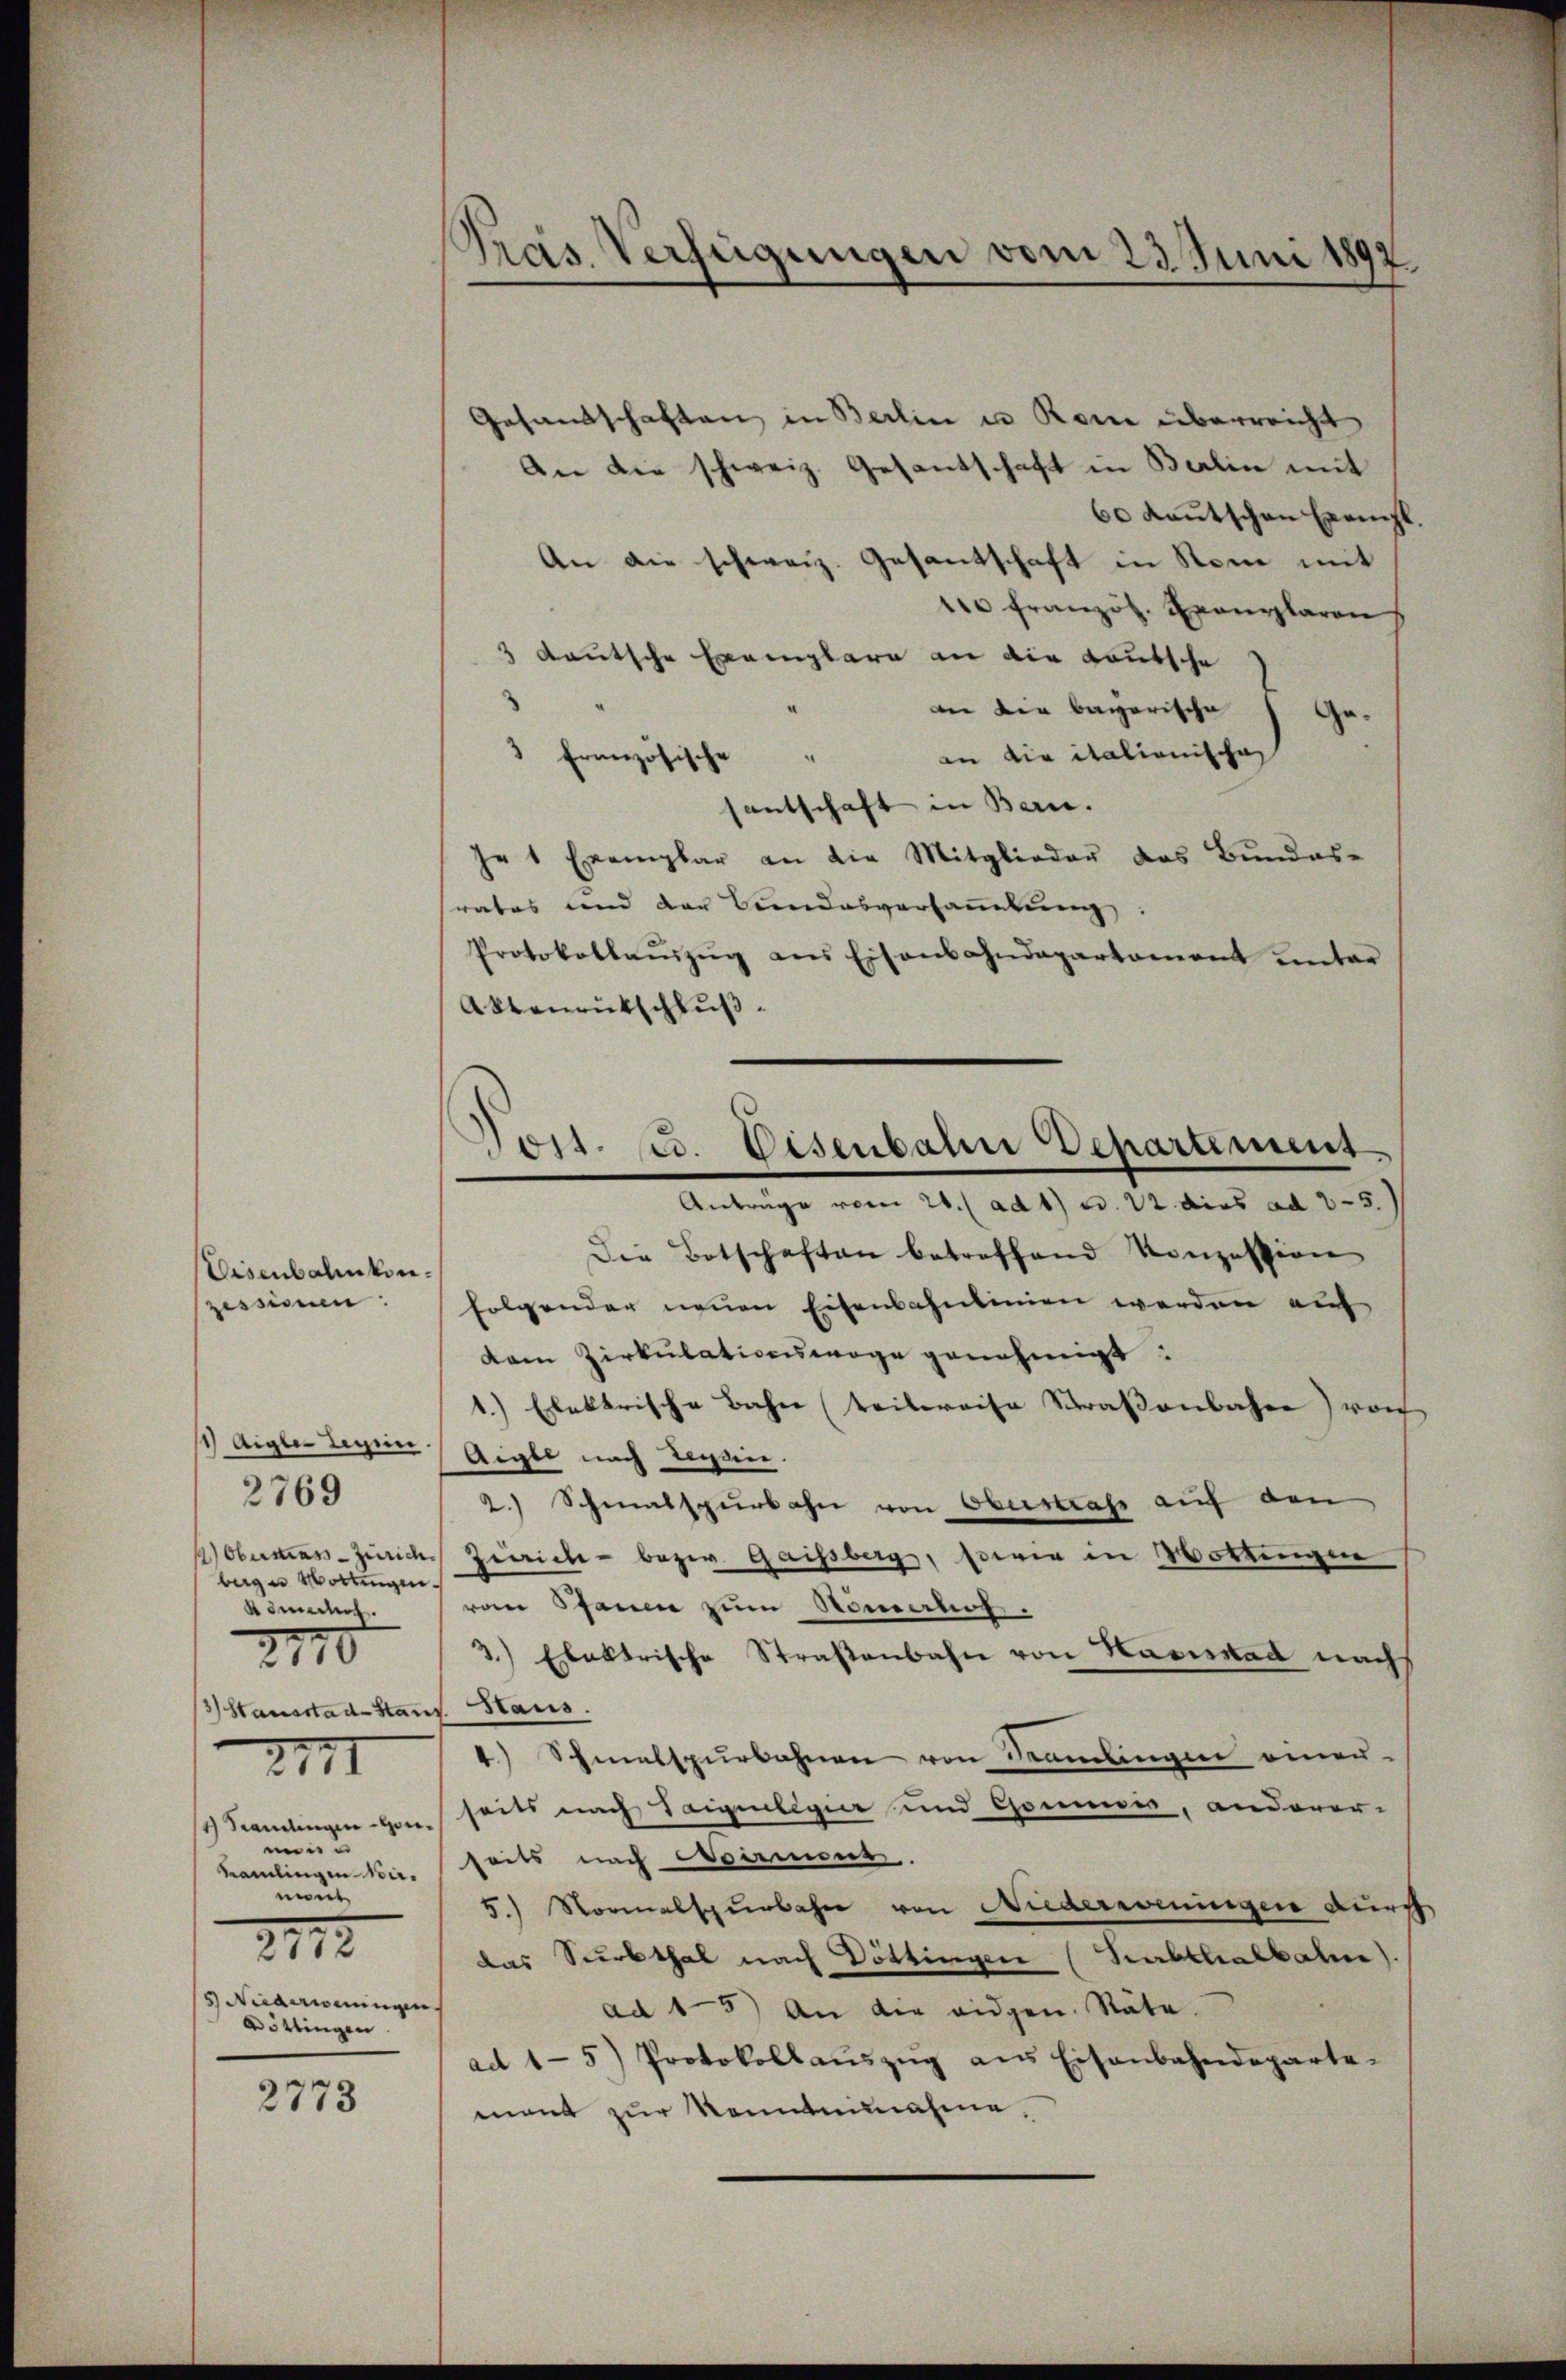
Eisenbahnkon¬

1 Aigle Legen.
1) Oberstrass-Zürich.
beige Mottingen.
Kometert.

1 Samlingen - Gou¬

2769

d
2110

2171

mene
Kamlingen wir
nunt
5 Niederoningen
Döttingen.

2773

Pras Verfügungen vom 23. Juni 1897.

Gesandschaften in Berlin in Rome überreicht
An die schweiz. Gesantschaft in Berlin mit
60 Kautschen Exempl
An die schweiz. Gesantschaft in Stein mit
10 französ. Exemplaren
 deutsche Exemplare an die Kautsche
an die bayerische
ge.
an die italionische
“
3 französische
santschaft in Bern.
je 1 Exemplar an die Mitglieder das Bundes-
rates und der Bundesversaṁlŭng:
Protokollaŭszŭg ans Eisenbahndepartamant ŭnter
Aktenrütschluß.
Anträge vom 28./ ad 1) u. 22. dies ad 23.
Die Botschaften betreffend Konzession
zessivum: folgender neŭen Eisenbahnlinien werden auf
dam Zirkulationswage genehmigt:
1.) Elektrische Bahn teilweise Straßenbahne) von
Aigle nach Tessin.
2.) Schmalspurbahn von Oberstrafe auf den
Zürich bezw. Gaisberg, sowie in Wottingen
vom Schauen zum Romanot.
3.) Elektrische Straßenbahn von Hasskad nach
13) Stausstad Stand. Haus.
4) Schmalspurbahnen von Sammlungen einen-
seits nach Taigenlegier und Commen, anderer-
seits nach Normens.
5.) Normalspurbahn von Niederweningen durch
das Surbthal nach Döttingen (Subthalbahne).
ad 15) An die eidgen. Räte.
adt 1-5) Protokollaŭszŭg ans Eisenbahndeparte-
mant zur konntennahme.

Post. u. Disenbahn Departement